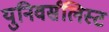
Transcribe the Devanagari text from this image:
युनिवर्सलिस्ट